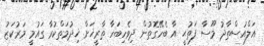
އަލްއުސްތާޛު މޫސާ ފަތުޙީ އާ ބެހޭގޮތުން ދިވެހިބަހާ ތާރީޚަށް ޚިދުމަތްކުރާ ގައުމީ މަރުކަޒު